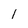
Character: l